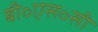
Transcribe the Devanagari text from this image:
बी॰एस॰सी